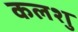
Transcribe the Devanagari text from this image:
कलशु